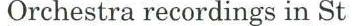
Orchestra recordings in St